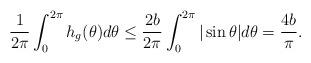
LaTeX: \begin{align*} \frac{1}{2\pi}\int_0^{2\pi}h_g(\theta)d\theta\leq\frac{2b}{2\pi}\int_0^{2\pi}|\sin\theta|d\theta=\frac{4b}{\pi}.\end{align*}